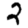
Digit: 2